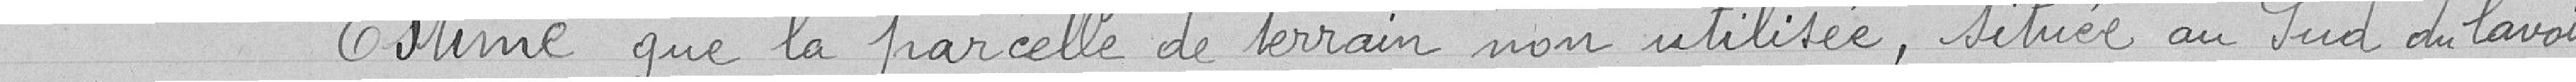
Estime que la parcelle de terrain non utilisée, située au Sud du lavoir